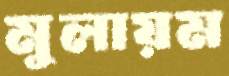
মুলায়ম